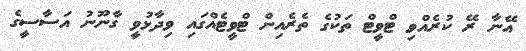
އޭނާ ރޭ ކުރެއްވި ޓްވީޓް ތަކުގެ ތެރެއިން ޓްވީޓެއްގައި ވިދާޅުވީ ގާނޫނު އަސާސީގެ